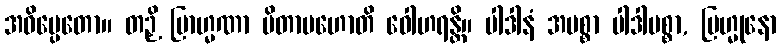
အဓိပ္ပေတော။ တဉှိ ဗြာဟ္မဏာ ပိတာမဟောတိ ဝေါဟရန္တိ။ ပါဒါနံ အပစ္စာ ပါဒါပစ္စာ, ဗြဟ္မုနော